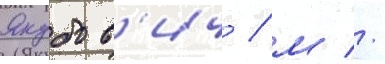
Якубов'ич / м //